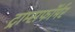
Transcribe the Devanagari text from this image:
ट्राम्सफॉर्मर